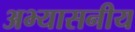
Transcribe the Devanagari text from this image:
अभ्यासनीय